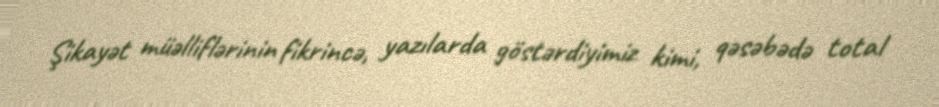
Şikayət müəlliflərinin fikrincə, yazılarda göstərdiyimiz kimi, qəsəbədə total